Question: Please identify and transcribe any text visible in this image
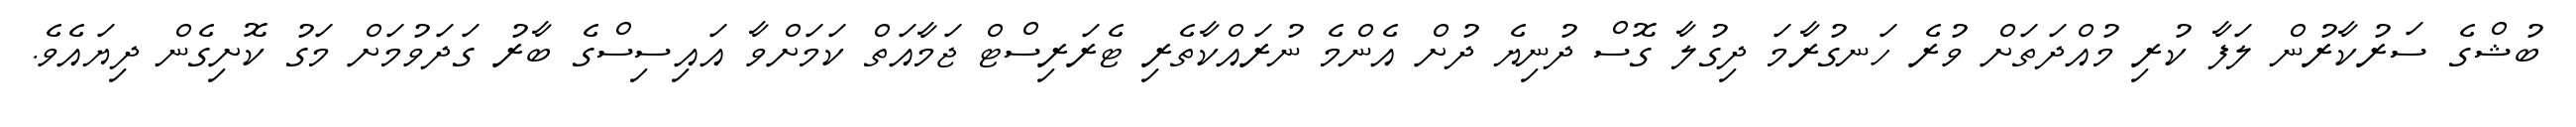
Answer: ބުޝްގެ ސަރުކާރުން ލަފާ ކުރި މުއްދަތަށް ވުރެ ހަނގުރާމަ ދިގުލާ ގޮސް ދުނިޔެ ދުށް އެންމެ ނުރައްކާތެރި ޓެރަރިސްޓް ޖަމާއަތް ކަމަށްވާ އައިސިސްގެ ބާރު ގަދަވުމަށް މަގު ކޮށިގެން ދިޔައެވެ.